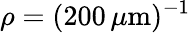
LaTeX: \rho=(200\, \mu\mathrm m)^{-1}